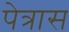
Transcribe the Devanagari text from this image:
पेत्रास